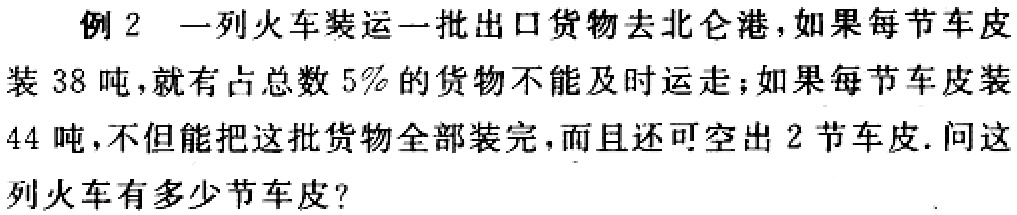
例2 一列火车装运一批出口货物去北仑港，如果每节车皮装 38 吨，就有占总数 5%的货物不能及时运走；如果每节车皮装44 吨，不但能把这批货物全部装完，而且还可空出 2 节车皮. 问这列火车有多少节车皮？